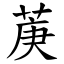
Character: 菮